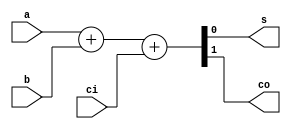
`timescale 1ns/1ns
module fadder1 (a,b,ci,s,co);
input a,b;
input ci;
output s;
output co;
assign #(48) {co,s}=a+b+ci;
endmodule

module fadder2 (a,b,ci,s,co);
input [1:0]a,b;
input ci;
output [1:0]s;
output co;
assign #(36+48) {co,s}=a+b+ci;
endmodule

module fadder3 (a,b,ci,s,co);
input [2:0]a,b;
input ci;
output [2:0]s;
output co;
assign #(36*2+48) {co,s}=a+b+ci;
endmodule

module fadder4 (a,b,ci,s,co);
input [3:0]a,b;
input ci;
output [3:0]s;
output co;
assign #(36*3+48) {co,s}=a+b+ci;
endmodule

module fadder5 (a,b,ci,s,co);
input [4:0]a,b;
input ci;
output [4:0]s;
output co;
assign #(36*4+48) {co,s}=a+b+ci;
endmodule

module fadder6 (a,b,ci,s,co);
input [5:0]a,b;
input ci;
output [5:0]s;
output co;
assign #(36*5+48) {co,s}=a+b+ci;
endmodule

module adder127taei(input [126:0]a,output[6:0]w);

genvar i;
wire [63:0]add1;
generate
	for(i=0;i<32;i=i+1) begin
	fadder1 Y(a[3*i],a[3*i+1],a[3*i+2],add1[2*i],add1[2*i+1]);
	end
endgenerate


genvar j;
wire [47:0]add2;
generate
	for(j=0;j<16;j=j+1) begin 
	fadder2 Y({add1[4*j],add1[4*j+1]},{add1[4*j+2],add1[4*j+3]},a[j+96],{add2[3*j],add2[3*j+1]},add2[3*j+2]);
	end
endgenerate

genvar h;
wire [31:0]add3;
generate
	for(h=0;h<8;h=h+1) begin 
	fadder3 Y({add2[6*h],add2[6*h+1],add2[6*h+2]},{add2[6*h+3],add2[6*h+4],add2[6*h+5]},a[h+112],{add3[4*h],add3[4*h+1],add3[4*h+2]},add3[4*h+3]);
	end
endgenerate

genvar p;
wire [19:0]add4;
generate
	for(p=0;p<4;p=p+1) begin
	fadder4 Y({add3[8*p],add3[8*p+1],add3[8*p+2],add3[8*p+3]},{add3[8*p+4],add3[8*p+5],add3[8*p+6],add3[8*p+7]},a[p+120],{add4[5*p],add4[5*p+1],add4[5*p+2],add4[5*p+3]},add4[5*p+4]);
	end
endgenerate



genvar z;
wire [11:0]add5;
generate
	for(z=0;z<2;z=z+1) begin
	fadder5 Y({add4[10*z],add4[10*z+1],add4[10*z+2],add4[10*z+3],add4[10*z+4]},{add4[10*z+5],add4[10*z+6],add4[10*z+7],add4[10*z+8],add4[10*z+9]},a[z+124],{add5[6*z],add5[6*z+1],add5[6*z+2],add5[6*z+3],add5[6*z+4]},add5[6*z+5]);
	end
endgenerate


wire [6:0]add6;
fadder6 Y({add5[0],add5[1],add5[2],add5[3],add5[4],add5[5]},{add5[6],add5[7],add5[8],add5[9],add5[10],add5[11]},a[126],{add6[0],add6[1],add6[2],add6[3],add6[4],add6[5]},add6[6]);


assign w=add6;

endmodule